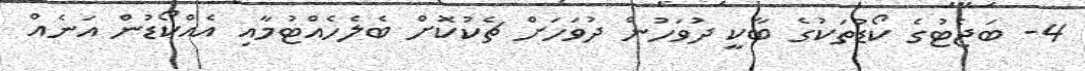
4- ބަޖެޓުގެ ކޯޑުތަކުގެ ބާކީ ދުވަހުން ދުވަހަށް ޗެކުކޮށް ބެލެހެއްޓުމާއި އެއްކޯޑުން އަނެއް